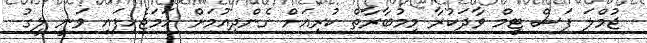
ޖުމްލަ ފަސް ޓީމް ވާދަކުރާ މިމުބާރާތް ކުރިއަށް ގެންދިއުމަށް ހަމަޖެހިފައި ވަނީ ލީގު